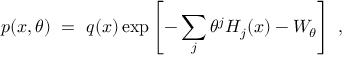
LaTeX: p ( x , \theta ) \ = \ q ( x ) \exp \left[ - \sum _ { j } \theta ^ { j } H _ { j } ( x ) - W _ { \theta } \right] \ ,